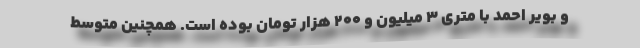
و بویر احمد با متری 3 میلیون و 200 هزار تومان بوده است. همچنین متوسط